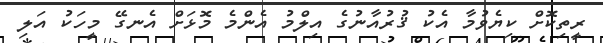
ރީތިކޮށް ކިޔެވުމާ އެކު ޤުރުއާނުގެ އިލްމު އެންމެ މޮޅަށް އެނގޭ މީހަކު އަލި